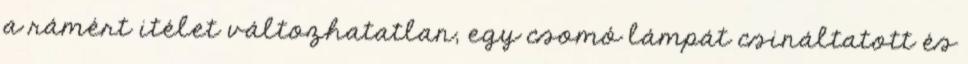
a rámért itélet változhatatlan, egy csomó lámpát csináltatott és